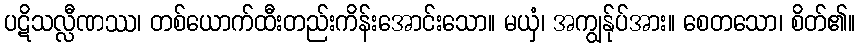
ပဋိသလ္လီဏဿ၊ တစ်ယောက်ထီးတည်းကိန်းအောင်းသော။ မယှံ၊ အကျွန်ုပ်အား။ စေတသော၊ စိတ်၏။